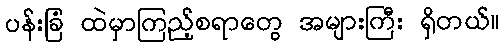
ပန်းခြံ ထဲမှာကြည့်စရာတွေ အများကြီး ရှိတယ်။